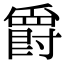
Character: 爵